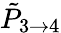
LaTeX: \tilde{P}_{3\rightarrow 4}